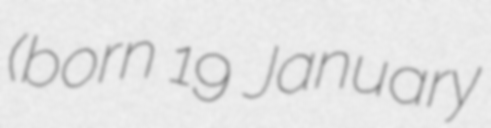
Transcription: (born 19 January